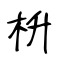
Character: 枡